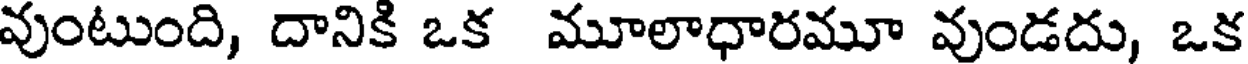
వుంటుంది, దానికి ఒక మూలాధారమూ వుండదు, ఒక